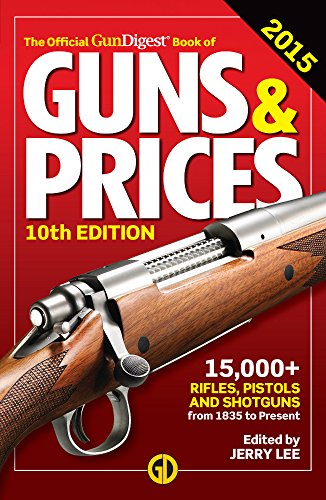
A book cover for The Official Gun Digest Book of Guns & Prices 2015 (Official Gun Digest Book of Guns and Prices); Crafts, Hobbies & Home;